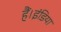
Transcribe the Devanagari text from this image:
हैं।इंडिया